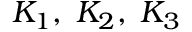
K _ { 1 } , \; K _ { 2 } , \; K _ { 3 }